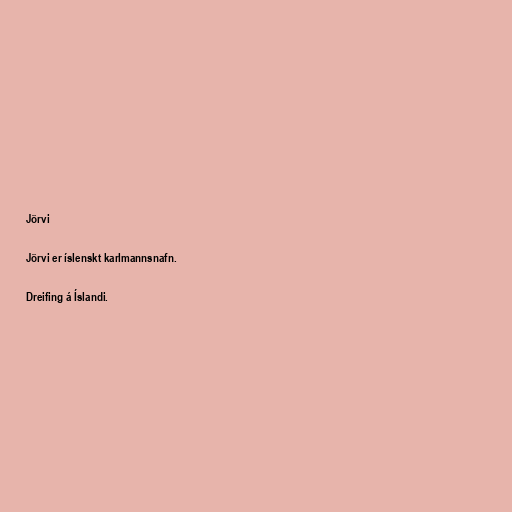
Jörvi

Jörvi er íslenskt karlmannsnafn.

Dreifing á Íslandi.